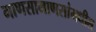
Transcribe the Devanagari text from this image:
माणसामाणसांमधील